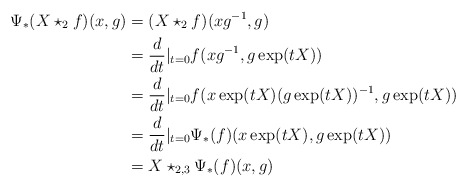
\begin{align*}\Psi_*(X\star_2 f)(x,g) & = (X\star_2 f)(xg^{-1},g) \\ & = \frac{d}{dt}|_{t=0} f(xg^{-1}, g \exp(tX)) \\ & = \frac{d}{dt}|_{t=0} f (x \exp(tX) (g \exp(tX))^{-1}, g\exp(tX) ) \\ & = \frac{d}{dt}|_{t=0} \Psi_*(f)(x \exp(tX), g \exp(tX) ) \\ & = X \star_{2,3} \Psi_*(f)(x,g)\end{align*}